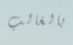
بالغالب